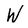
Character: W